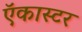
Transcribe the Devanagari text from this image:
ऍकास्टर